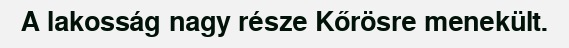
A lakosság nagy része Kőrösre menekült.